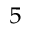
^ 5